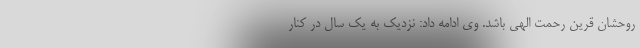
روحشان قرین رحمت الهی باشد. وی ادامه داد: نزدیک به یک سال در کنار